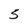
Character: S